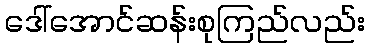
ဒေါ်အောင်ဆန်းစုကြည်လည်း